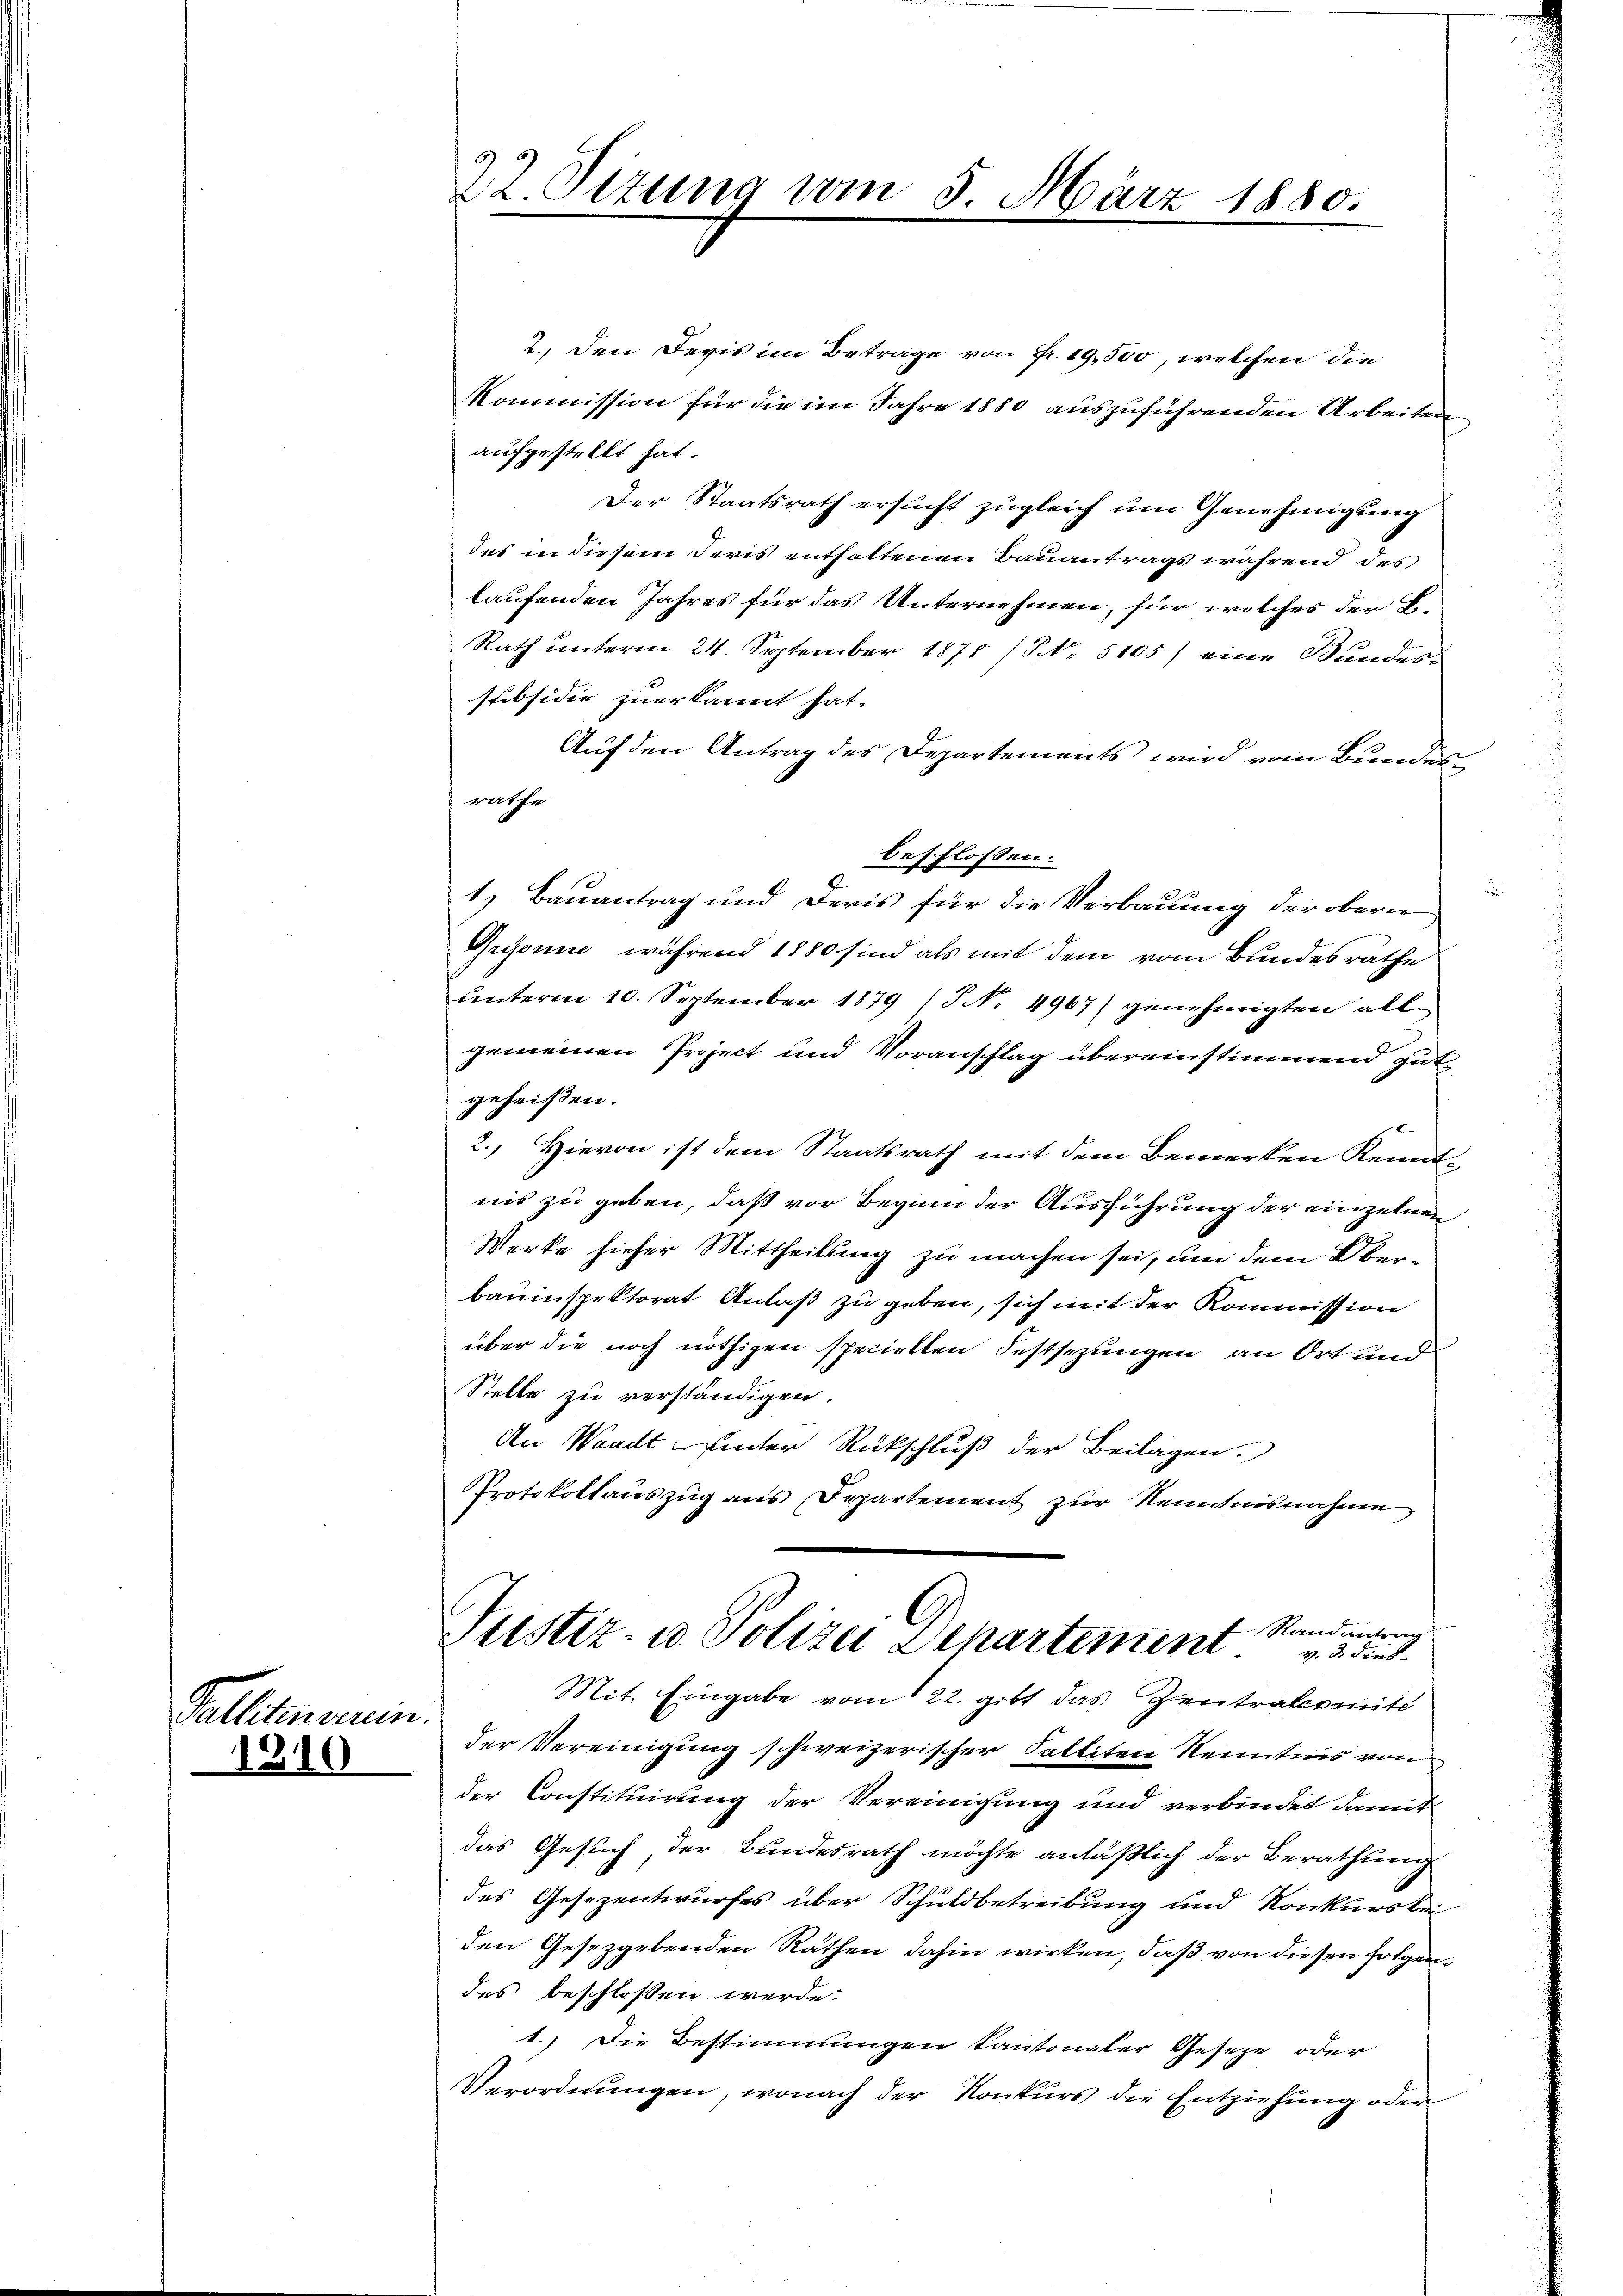
Palliterein.
1810

22. Sizung vom 5. März 1880.

2.) Den Devis im Betrage von Fr. 19,500, welchen die
Kommission für die im Jahre 1880 auszuführenden Arbeiten
aufgestellt hat.
Der Staatsrath ersucht zugleich um Genehmigung
des in diesem deres enthaltenen Bauantrags während des
laufenden Jahres für das Unternehmen, für welches der E
Rath unterm 24. September 1871 (S. 5105) eine Bundes-
subsidie zuerkannt hat.
Auf den Antrag des Departements wird vom Bundes
rathe
beschlossen:
1.) Bauantrag und Deris für die Verbauung der obern
Grysonne, während 1880 sind als mit dem vom Bundesrathe
Unterm 10. September 1879 / No. 4967) genehmigten all-
gemeinen Project und Voranschlag übereinstimmend gut
geheißen.
2.) Hievon ist dem Staatsrath mit dem Bemerken Kennt
nis zu geben, daß vor Beginn der Ausführung der einzelnen
Werke hieher Mittheilung zu machen sei, um dem Oberbauinspektorat Anlaß zu geben, sich mit der Kommission
über die noch nöthigen speciellen Festsezungen an Ort und
Stelle zu verständigen.
An Waadt hinter Rückschluß der Beilagen.
Protokollauszug aus Departement zur Kenntnisnahme

der Vereinigung schweizerischer Falliten Kenntnis von
der Constituirung der Vereinigung und verbindet damit
das Gesuch, der Bundesrath möchte anläßlich der Berathung
des Gesezentwurfes über Schuldbetreibung und Konkursbei
den Gesetzgebenden Räthen dahin wirken, daß von diesen Folgendes beschlossen werde.
1.) Die Bestimmungen kantonaler Gesetze oder
Verordnungen, wonach der Konkurs die Entziehung oder

Randantrag
Justiz- u. Polizei Departement sind.
Mit Eingabe vom 22. gibt das Zentralcomite